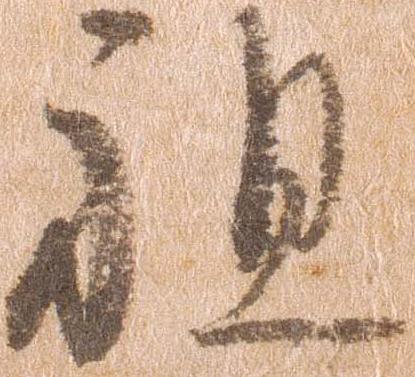
祖